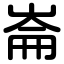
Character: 崙